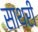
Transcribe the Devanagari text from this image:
साथरी